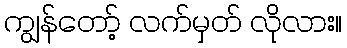
ကျွန်တော့် လက်မှတ် လိုလား။